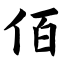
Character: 佰